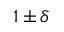
1 \pm \delta